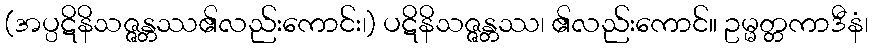
(အပ္ပဋိနိသဇ္ဇန္တဿ၏လည်းကောင်း၊) ပဋိနိသဇ္ဇန္တဿ၊ ၏လည်းကောင်။ ဥမ္မတ္တကာဒီနံ၊